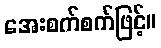
အေးစက်စက်ဖြင့်။